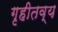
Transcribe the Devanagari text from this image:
गृहीतव्य